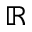
\mathbb { R }